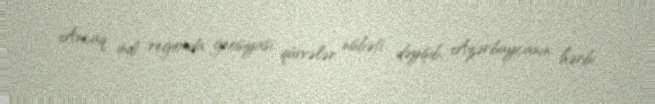
Ancaq indi regionda geosiyasi qüvvələr nisbəti dəyişib, Azərbaycanın hərbi